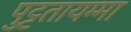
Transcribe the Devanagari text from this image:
पुट्टतायम्मा